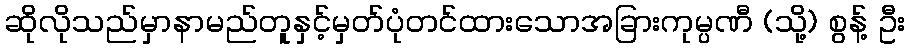
ဆိုလိုသည်မှာနာမည်တူနှင့်မှတ်ပုံတင်ထားသောအခြားကုမ္ပဏီ (သို့) စွန့် ဦး